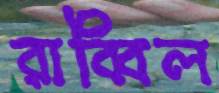
রাব্বিল